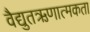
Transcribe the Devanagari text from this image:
वैद्युतऋणात्मकता